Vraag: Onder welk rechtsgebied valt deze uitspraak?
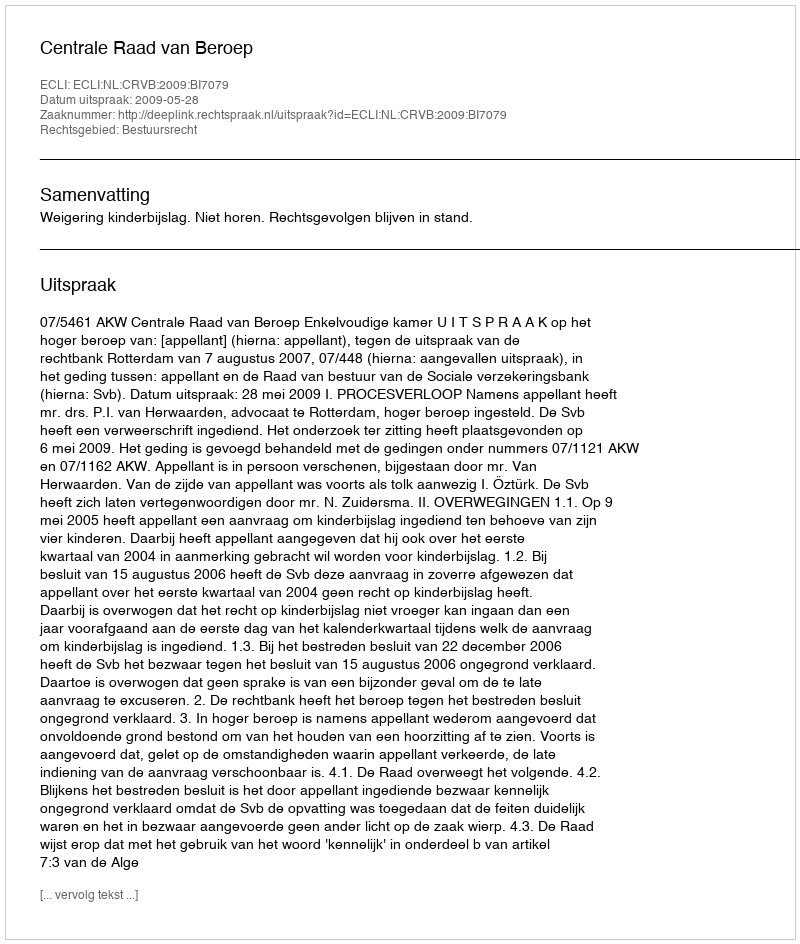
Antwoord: Bestuursrecht